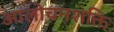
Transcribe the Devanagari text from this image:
आलोचनशक्ति